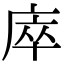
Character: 𢈼